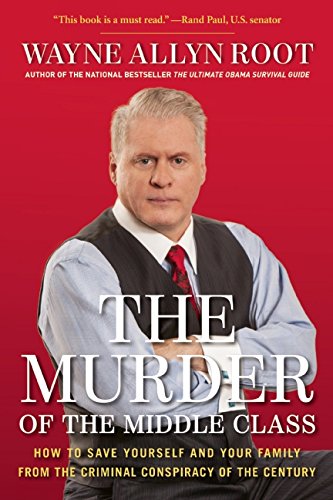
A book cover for The Murder of the Middle Class: How to Save Yourself and Your Family from the Criminal Conspiracy of the Century; Wayne Allyn Root; Business & Money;